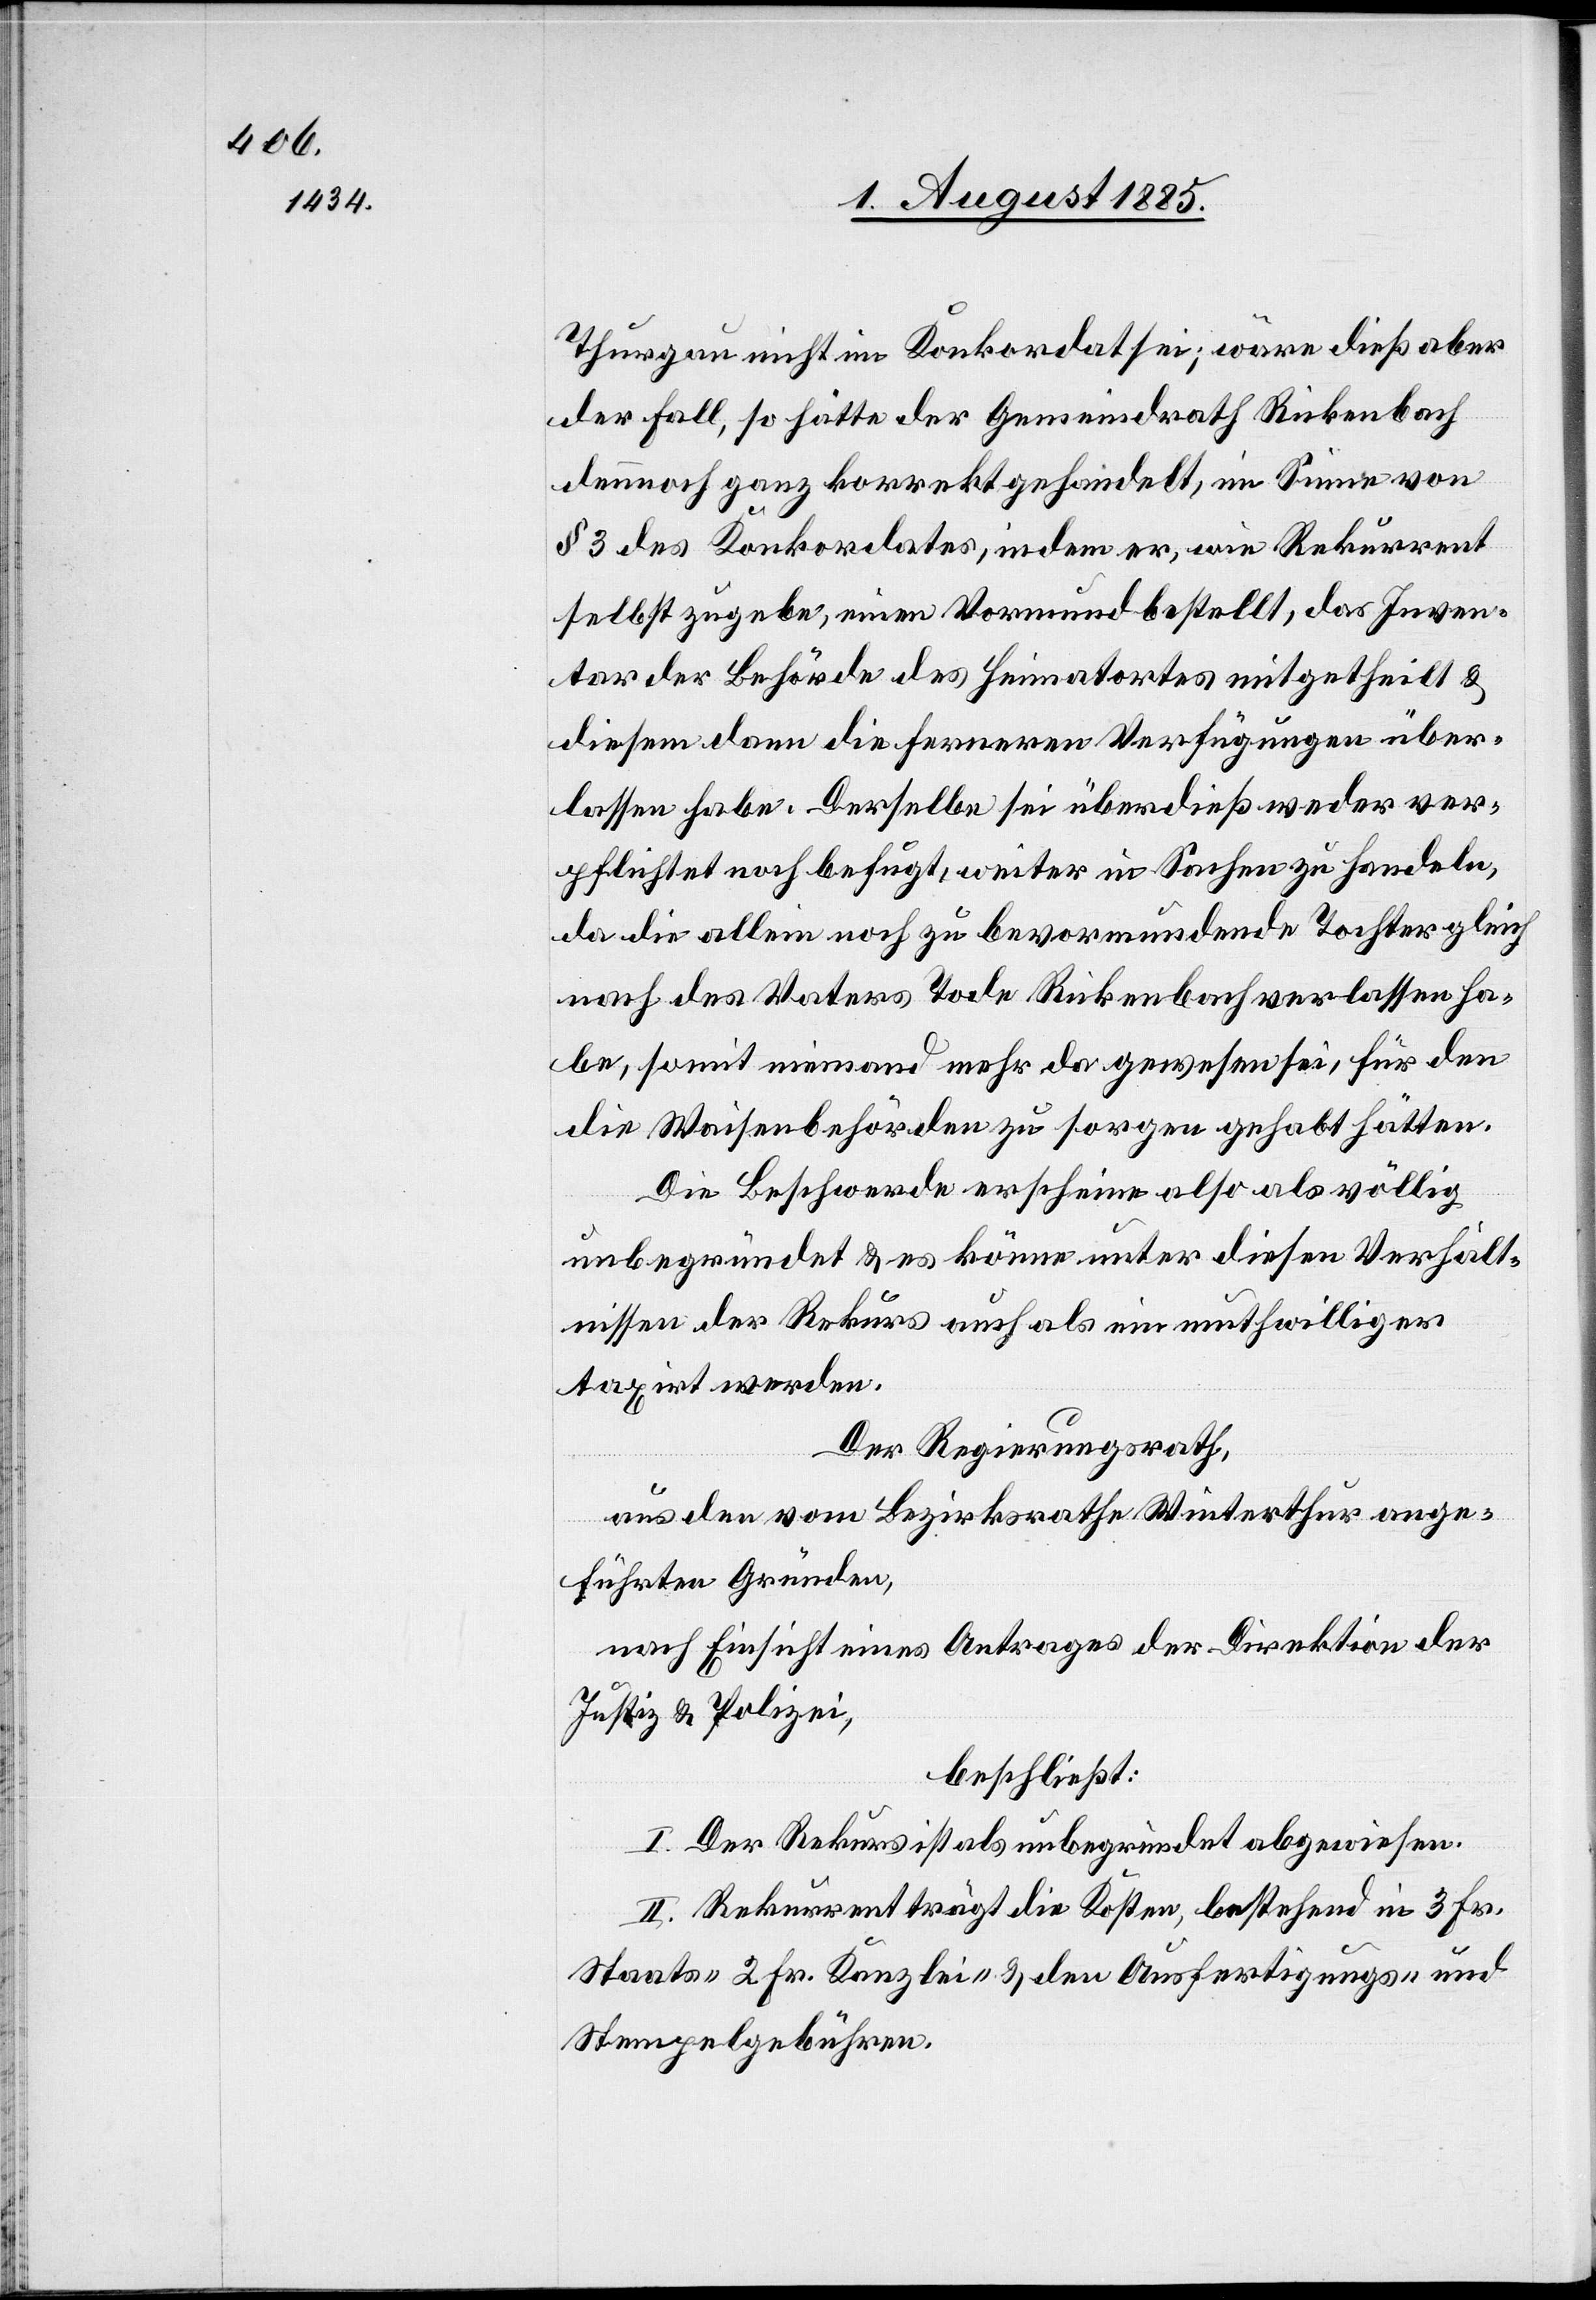
Thurgau nicht im Konkordat sei; wäre dieß aber
der Fall, so hätte der Gemeindrath Rickenbach
dennoch ganz korrekt gehandelt, im Sinne von
§ 3 des Konkordates, indem er, wie Rekurrent
selbst zugebe, einen Vormund bestellt, das Inven¬
tar der Behörde des Heimatortes mitgetheilt &
diesem dann die ferneren Verfügungen über¬
lassen habe. Derselbe sei überdieß weder ver¬
pflichtet noch befugt, weiter in Sachen zu handeln,
da die allein noch zu bevormundende Tochter gleich
nach des Vaters Tode Rickenbach verlassen ha¬
be, somit niemand mehr da gewesen sei, für den
die Waisenbehörden zu sorgen gehabt hätten.
Die Beschwerde erscheine also als völlig
unbegründet & es könne unter diesen Verhält¬
nissen der Rekurs auch als ein muthwilliger
taxirt werden.
Der Regierungsrath,
aus den vom Bezirksrathe Winterthur ange¬
führten Gründen,
nach Einsicht eines Antrages der Direktion der
Justiz & Polizei,
beschließt:
I. Der Rekurs ist als unbegründet abgewiesen.
II. Rekurrent trägt die Kosten, bestehend in 3 Fr.
Staats- 2 Fr. Kanzlei- & den Ausfertigungs- und
Stempelgebühren.